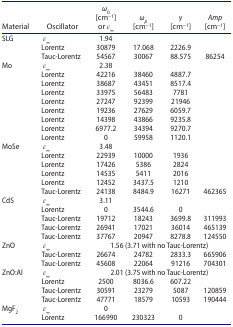
<table><thead><tr><td><b>Material</b></td><td><b>Oscillator</b></td><td><b><i>ω</i><sub>0</sub> [cm<sup>−1</sup>] or <i>ɛ</i><sub>∞</sub></b></td><td><b><i>ω</i><sub><i>p</i></sub> [cm<sup>−1</sup>]</b></td><td><b><i>γ</i> [cm<sup>−1</sup>]</b></td><td><b><i>Amp</i> [cm<sup>−1</sup>]</b></td></tr></thead><tbody><tr><td>SLG</td><td><i>ɛ</i><sub>∞</sub></td><td>1.94</td><td> </td><td> </td><td> </td></tr><tr><td> </td><td>Lorentz</td><td>30879</td><td>17.068</td><td>2226.9</td><td> </td></tr><tr><td> </td><td>Tauc-Lorentz</td><td>54567</td><td>30067</td><td>88.575</td><td>86254</td></tr><tr><td>Mo</td><td><i>ɛ</i><sub>∞</sub></td><td>2.38</td><td> </td><td> </td><td> </td></tr><tr><td> </td><td>Lorentz</td><td>42216</td><td>38460</td><td>4887.7</td><td> </td></tr><tr><td> </td><td>Lorentz</td><td>38687</td><td>43451</td><td>8517.4</td><td> </td></tr><tr><td> </td><td>Lorentz</td><td>33975</td><td>56483</td><td>7781</td><td> </td></tr><tr><td> </td><td>Lorentz</td><td>27247</td><td>92399</td><td>21946</td><td> </td></tr><tr><td> </td><td>Lorentz</td><td>19236</td><td>27629</td><td>6059.7</td><td> </td></tr><tr><td> </td><td>Lorentz</td><td>14398</td><td>43866</td><td>9235.8</td><td> </td></tr><tr><td> </td><td>Lorentz</td><td>6977.2</td><td>34394</td><td>9270.7</td><td> </td></tr><tr><td> </td><td>Lorentz</td><td>0</td><td>59958</td><td>1120.1</td><td> </td></tr><tr><td>MoSe</td><td><i>ɛ</i><sub>∞</sub></td><td>3.48</td><td> </td><td> </td><td> </td></tr><tr><td> </td><td>Lorentz</td><td>22939</td><td>10000</td><td>1936</td><td> </td></tr><tr><td> </td><td>Lorentz</td><td>17426</td><td>5386</td><td>2824</td><td> </td></tr><tr><td> </td><td>Lorentz</td><td>14535</td><td>5411</td><td>2016</td><td> </td></tr><tr><td> </td><td>Lorentz</td><td>12452</td><td>3437.5</td><td>1210</td><td> </td></tr><tr><td> </td><td>Tauc-Lorentz</td><td>24138</td><td>8484.9</td><td>16271</td><td>462365</td></tr><tr><td>CdS</td><td><i>ɛ</i><sub>∞</sub></td><td>3.11</td><td> </td><td> </td><td> </td></tr><tr><td> </td><td>Lorentz</td><td>0</td><td>3544.6</td><td>0</td><td> </td></tr><tr><td> </td><td>Tauc-Lorentz</td><td>19712</td><td>18243</td><td>3699.8</td><td>311993</td></tr><tr><td> </td><td>Tauc-Lorentz</td><td>26941</td><td>17021</td><td>36014</td><td>465139</td></tr><tr><td> </td><td>Tauc-Lorentz</td><td>37767</td><td>20947</td><td>8278.8</td><td>124550</td></tr><tr><td>ZnO</td><td><i>ɛ</i><sub>∞</sub></td><td colspan="4">1.56 (3.71 with no Tauc-Lorentz)</td></tr><tr><td> </td><td>Tauc-Lorentz</td><td>26674</td><td>24782</td><td>2833.3</td><td>665906</td></tr><tr><td> </td><td>Tauc-Lorentz</td><td>45608</td><td>22064</td><td>91216</td><td>704301</td></tr><tr><td>ZnO:Al</td><td><i>ɛ</i><sub>∞</sub></td><td colspan="4">2.01 (3.75 with no Tauc-Lorentz)</td></tr><tr><td> </td><td>Lorentz</td><td>2500</td><td>8036.6</td><td>607.22</td><td> </td></tr><tr><td> </td><td>Tauc-Lorentz</td><td>30591</td><td>23279</td><td>5087</td><td>120859</td></tr><tr><td> </td><td>Tauc-Lorentz</td><td>47771</td><td>18579</td><td>10593</td><td>190444</td></tr><tr><td>MgF<sub>2</sub></td><td><i>ɛ</i><sub>∞</sub></td><td>0</td><td> </td><td> </td><td> </td></tr><tr><td> </td><td>Lorentz</td><td>166990</td><td>230323</td><td>0</td><td> </td></tr></tbody></table>